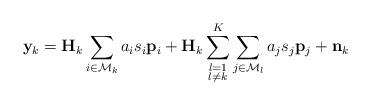
LaTeX: \begin{align*} \mathbf{y}_k=\mathbf{H}_k\sum_{i\in \mathcal{M}_k}a_i s_i\mathbf{p}_i+\mathbf{H}_k\sum\limits_{\substack{l=1\\l \neq k}}^{K}\sum\limits_{j\in \mathcal{M}_l}a_j s_j\mathbf{p}_j+\mathbf{n}_k\end{align*}